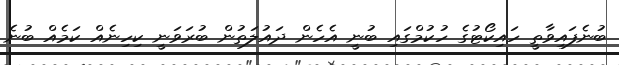
ބުނެފައިވާތީ ހައިކޯޓުގެ ހުކުމްގައި ބުނީ އެހެން ދައުލަތުން ބުރަވަނީ ކިހިނެއް ކަމެއް ބުނެ